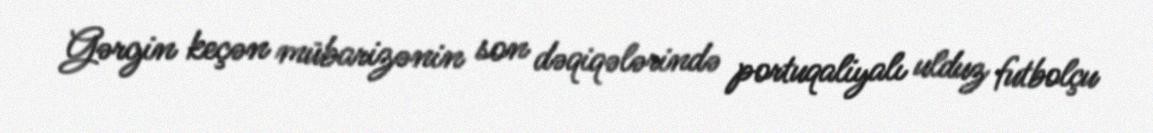
Gərgin keçən mübarizənin son dəqiqələrində portuqaliyalı ulduz futbolçu